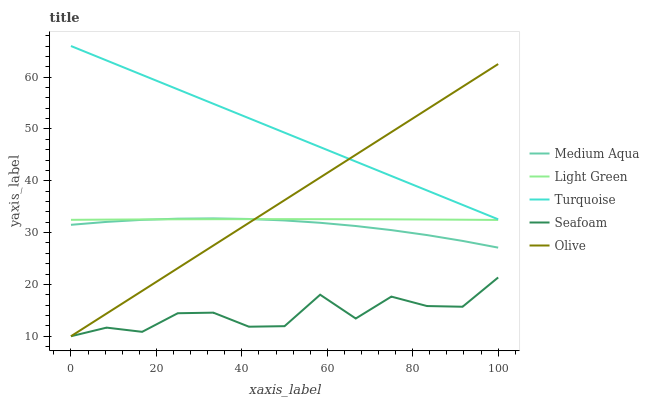
| xaxis_label | Medium Aqua | Light Green | Turquoise | Seafoam | Olive |
 | --- | --- | --- | --- | --- | --- |
 | 0 | 31.5 | 32.5 | 66 | 10 | 10 |
 | 8.33 | 32.1 | 32.5 | 63.2 | 11.7 | 14.4 |
 | 16.7 | 32.5 | 32.5 | 60.4 | 10.9 | 18.8 |
 | 25 | 32.7 | 32.6 | 57.6 | 14.4 | 23.1 |
 | 33.3 | 32.7 | 32.6 | 54.9 | 14.6 | 27.5 |
 | 41.7 | 32.6 | 32.6 | 52.1 | 11.8 | 31.9 |
 | 50 | 32.3 | 32.6 | 49.3 | 11.9 | 36.3 |
 | 58.3 | 31.9 | 32.6 | 46.5 | 18 | 40.6 |
 | 66.7 | 31.3 | 32.6 | 43.7 | 13.4 | 45 |
 | 75 | 30.5 | 32.6 | 40.9 | 17.6 | 49.4 |
 | 83.3 | 29.5 | 32.5 | 38.1 | 15.8 | 53.8 |
 | 91.7 | 28.4 | 32.5 | 35.3 | 15.7 | 58.1 |
 | 100 | 27.1 | 32.4 | 32.6 | 21.3 | 62.5 |